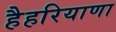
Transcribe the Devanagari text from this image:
हैहरियाणा